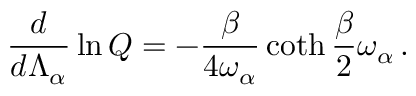
{ \frac { d } { d \Lambda _ { \alpha } } } \ln Q = - { \frac { \beta } { 4 \omega _ { \alpha } } } \coth { \frac { \beta } { 2 } } \omega _ { \alpha } \, .